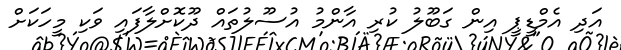
އަދި އެމްޑީޕީ އިން ގަބޫލު ކުރި އާންމު އުސޫލުތައް ދޫކޮށްލާފައި ވަކި މީހަކަށް